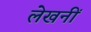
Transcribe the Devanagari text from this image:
लेखनीं